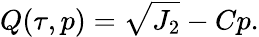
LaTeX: Q(\tau,p)=\sqrt{J_{2}}-Cp.